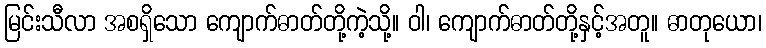
မြင်းသီလာ အစရှိသော ကျောက်ဓာတ်တို့ကဲ့သို့။ ဝါ၊ ကျောက်ဓာတ်တို့နှင့်အတူ။ ဓာတုယော၊